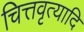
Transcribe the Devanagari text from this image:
चित्तवृत्यादि